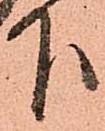
下